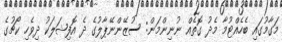
މަގާމުގައި ބެހެއްޓުމާ މެދު ގޮތެއް ނުނިންމަން: ސުޒޭންނޭޕާލުގެ ދެ އޮފިޝަލަކު ދިވެހި ކޯޗުގެ